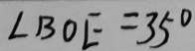
\angle B O E = 3 5 ^ { \circ }